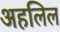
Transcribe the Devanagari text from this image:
अहलिल